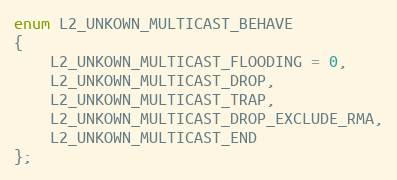
Language: C
enum L2_UNKOWN_MULTICAST_BEHAVE
{
    L2_UNKOWN_MULTICAST_FLOODING = 0,
    L2_UNKOWN_MULTICAST_DROP,
    L2_UNKOWN_MULTICAST_TRAP,
    L2_UNKOWN_MULTICAST_DROP_EXCLUDE_RMA,
    L2_UNKOWN_MULTICAST_END
};